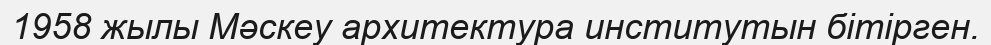
1958 жылы Мәскеу архитектура институтын бітірген.